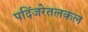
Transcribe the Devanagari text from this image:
पदिंजरेतलकल